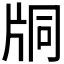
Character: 𤖾